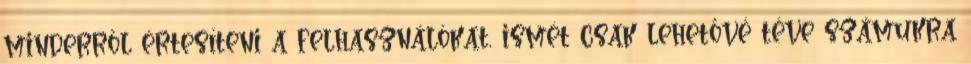
minderről értesíteni a felhasználókat, ismét csak lehetővé téve számukra